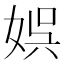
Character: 娯